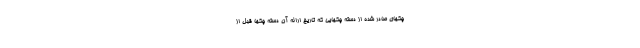
چکهای صادر شده از دسته­ چکهایی که تاریخ ارائه آن دسته چکها قبل از